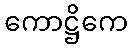
ကောဋ္ဌိကေ